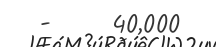
-     40